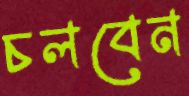
চলবেন